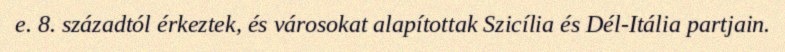
e. 8. századtól érkeztek, és városokat alapítottak Szicília és Dél-Itália partjain.